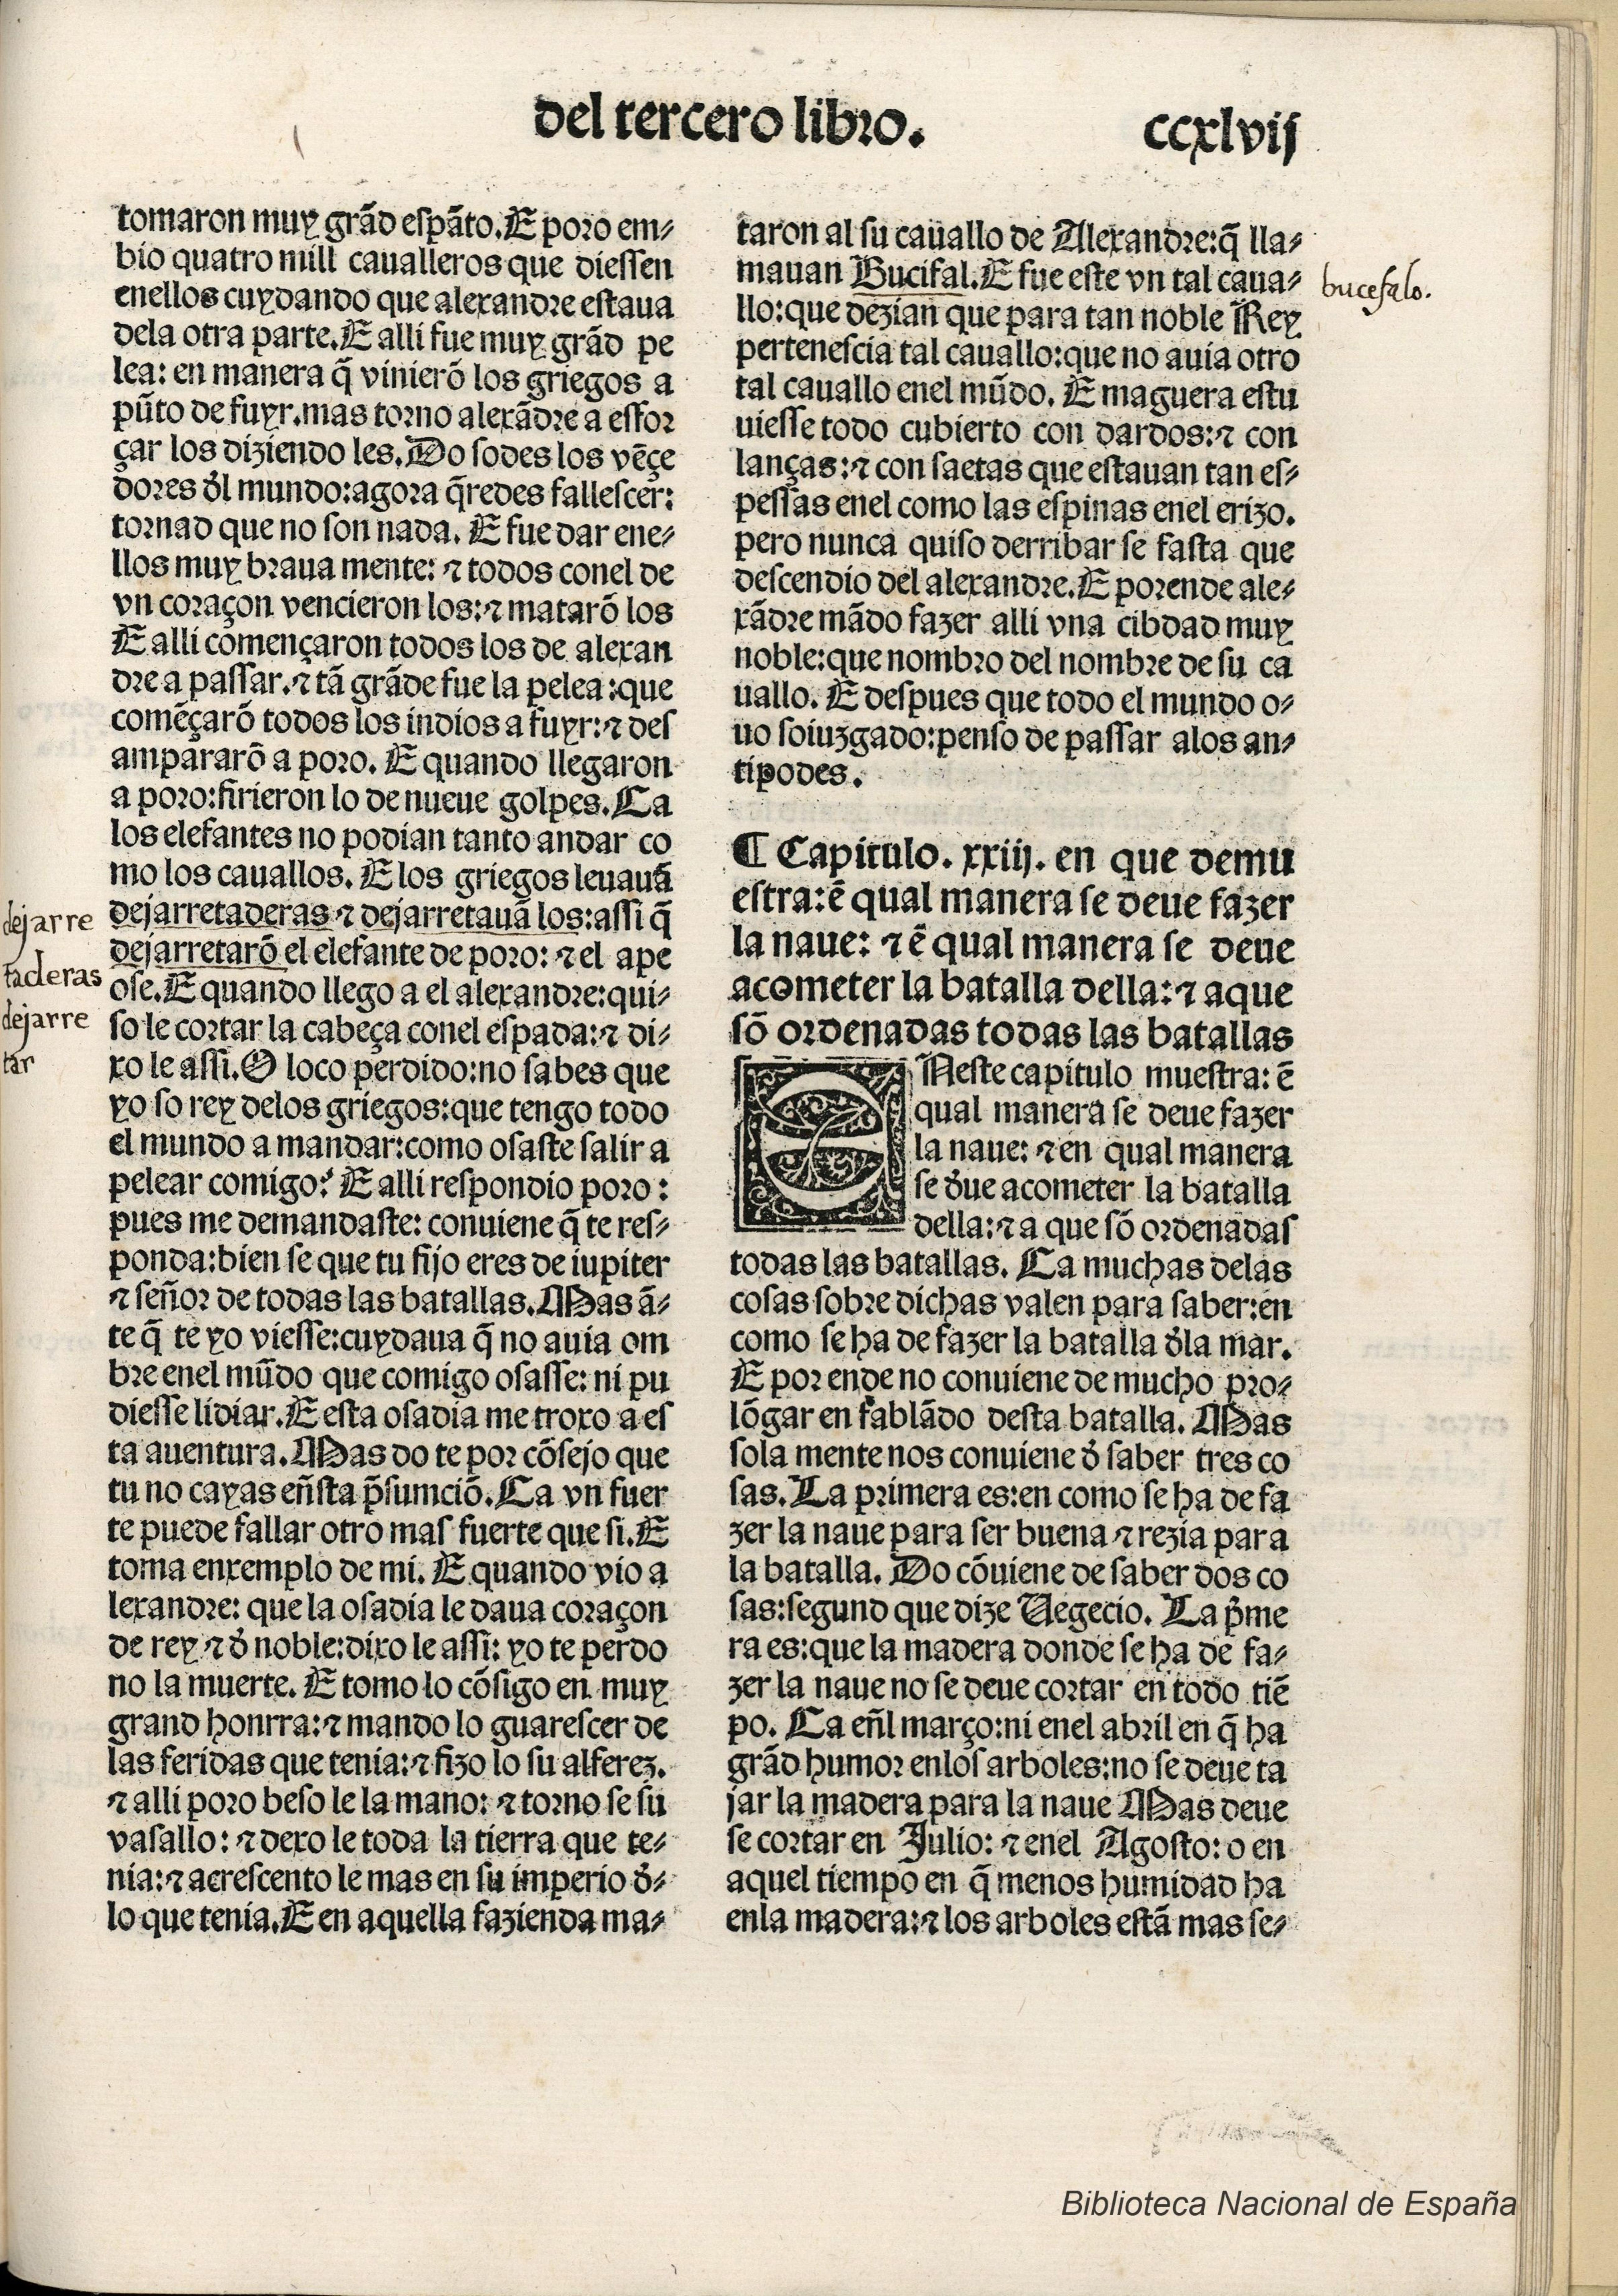
Shelfmark: Madrid, BNE, Inc. 901
Century: 15